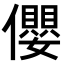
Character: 𪝼